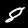
Label: 8